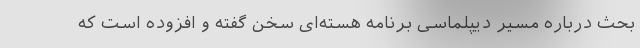
بحث درباره مسیر دیپلماسی برنامه هسته‌ای سخن گفته و افزوده است که